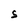
Character: S